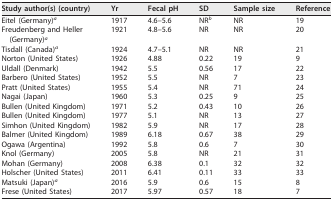
<table><thead><tr><td><b>Study author(s) (country)</b></td><td><b>Yr</b></td><td><b>Fecal pH</b></td><td><b>SD</b></td><td><b>Sample size</b></td><td><b>Reference</b></td></tr></thead><tbody><tr><td>Eitel (Germany)<sup>a</sup></td><td>1917</td><td>4.6–5.6</td><td>NR<sup>b</sup></td><td>NR</td><td>19</td></tr><tr><td>Freudenberg and Heller (Germany)<sup>a</sup></td><td>1921</td><td>4.8–5.6</td><td>NR</td><td>NR</td><td>20</td></tr><tr><td>Tisdall (Canada)<sup>a</sup></td><td>1924</td><td>4.7–5.1</td><td>NR</td><td>NR</td><td>21</td></tr><tr><td>Norton (United States)</td><td>1926</td><td>4.88</td><td>0.22</td><td>19</td><td>9</td></tr><tr><td>Uldall (Denmark)</td><td>1942</td><td>5.5</td><td>0.56</td><td>17</td><td>22</td></tr><tr><td>Barbero (United States)</td><td>1952</td><td>5.5</td><td>NR</td><td>7</td><td>23</td></tr><tr><td>Pratt (United States)</td><td>1955</td><td>5.4</td><td>NR</td><td>71</td><td>24</td></tr><tr><td>Nagai (Japan)</td><td>1960</td><td>5.3</td><td>0.25</td><td>9</td><td>25</td></tr><tr><td>Bullen (United Kingdom)</td><td>1971</td><td>5.2</td><td>0.43</td><td>10</td><td>26</td></tr><tr><td>Bullen (United Kingdom)</td><td>1977</td><td>5.1</td><td>NR</td><td>13</td><td>27</td></tr><tr><td>Simhon (United Kingdom)</td><td>1982</td><td>5.9</td><td>NR</td><td>17</td><td>28</td></tr><tr><td>Balmer (United Kingdom)</td><td>1989</td><td>6.18</td><td>0.67</td><td>38</td><td>29</td></tr><tr><td>Ogawa (Argentina)</td><td>1992</td><td>5.8</td><td>0.6</td><td>7</td><td>30</td></tr><tr><td>Knol (Germany)</td><td>2005</td><td>5.8</td><td>NR</td><td>21</td><td>31</td></tr><tr><td>Mohan (Germany)</td><td>2008</td><td>6.38</td><td>0.1</td><td>32</td><td>32</td></tr><tr><td>Holscher (United States)</td><td>2011</td><td>6.41</td><td>0.11</td><td>33</td><td>33</td></tr><tr><td>Matsuki (Japan)<sup>a</sup></td><td>2016</td><td>5.9</td><td>0.6</td><td>15</td><td>8</td></tr><tr><td>Frese (United States)</td><td>2017</td><td>5.97</td><td>0.57</td><td>18</td><td>7</td></tr></tbody></table>